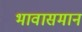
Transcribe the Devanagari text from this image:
भावासमान